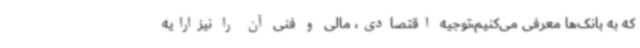
که به بانک‌ها معرفی می‌کنیم،توجیه اقتصادی، مالی و فنی آن را نیزارایه